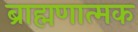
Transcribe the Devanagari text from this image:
ब्राह्मणात्मक